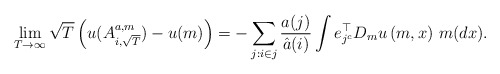
\begin{align*}\lim_{T\to \infty}\sqrt T\left(u(A^{a,m}_{i, \sqrt T})-u(m)\right)=-\sum_{j:i\in j}\frac{a(j)}{\hat a(i)} \int e_{j^c}^\top D_mu\left(m,x\right) \, m(dx).\end{align*}